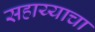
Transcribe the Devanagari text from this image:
सहाय्याचा